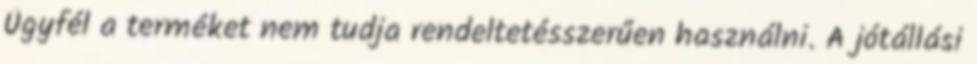
Ügyfél a terméket nem tudja rendeltetésszerűen használni. A jótállási